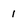
Character: 1